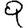
Digit: 9